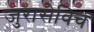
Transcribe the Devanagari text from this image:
जुरासेविच